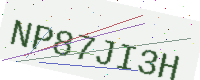
Text: NP87JI3H